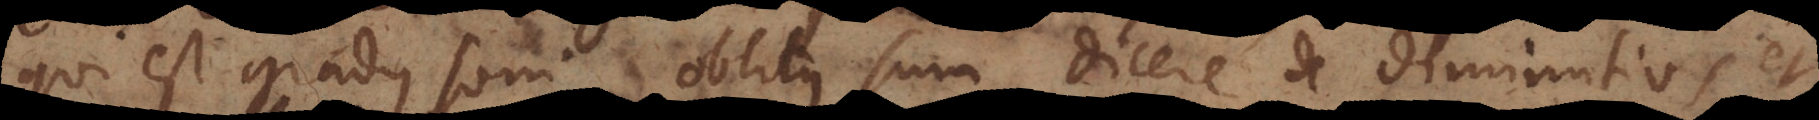
qui est gradus soni, oblitus sum dicere de diminutivis et